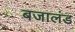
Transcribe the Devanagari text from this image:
बजालंड